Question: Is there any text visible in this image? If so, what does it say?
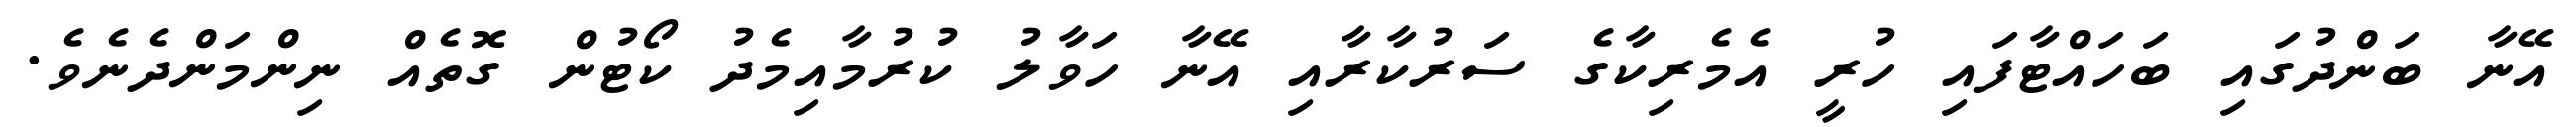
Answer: އޭނާ ބަންދުގައި ބަހައްޓާފައި ހުރީ އެމެރިކާގެ ސަރުކާރާއި އޭނާ ހަވާލު ކުރުމާއިމެދު ކޯޓުން ގޮތެއް ނިންމަންދެނެވެ.